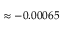
\approx - 0 . 0 0 0 6 5